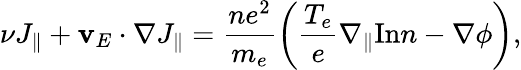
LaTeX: \nu J_{\| }+\mathbf{v}_{E}\cdot\nabla J_{\| }=\frac{ne^{2}}{m_{e}}\left(\frac{T_{e}}{e}\nabla_{\| }\mathrm{In}n-\nabla\phi\right),